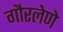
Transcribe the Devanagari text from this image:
गौरलेणे